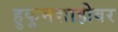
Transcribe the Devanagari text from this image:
हुकुमशाहीवर